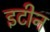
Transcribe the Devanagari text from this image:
इटीन